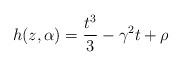
LaTeX: \begin{align*}h(z,\alpha)=\frac{t^{3}}{3}-\gamma^{2}t+\rho\end{align*}